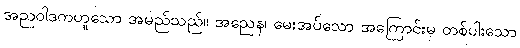
အညဝါဒကဟူသော အမည်သည်။ အညေန၊ မေးအပ်သော အကြောင်းမှ တစ်ပါးသော